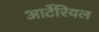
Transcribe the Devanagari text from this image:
आर्टेरियल